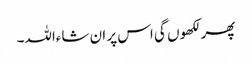
پھر لکھوں گی اس پر ان شاءاللہ۔